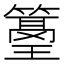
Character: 𥲓